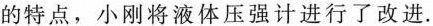
的特点，小刚将液体压强计进行了改进。